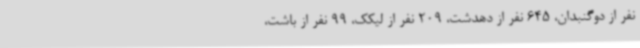
نفر از دوگنبدان، 645 نفر از دهدشت، 209 نفر از لیکک، 99 نفر از باشت،